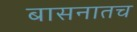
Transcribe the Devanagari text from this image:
बासनातच